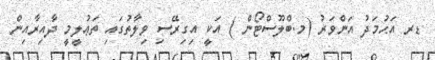
ޑރ އަޙުމަދު އަންވަރު (މ.ބްލޫސްޓޯން ) އަކީ އިގިރޭސި ވިލާތުގައި ތަޢުލީމީ ދާއިރާއިން